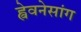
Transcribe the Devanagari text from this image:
ह्वेवनेसांग